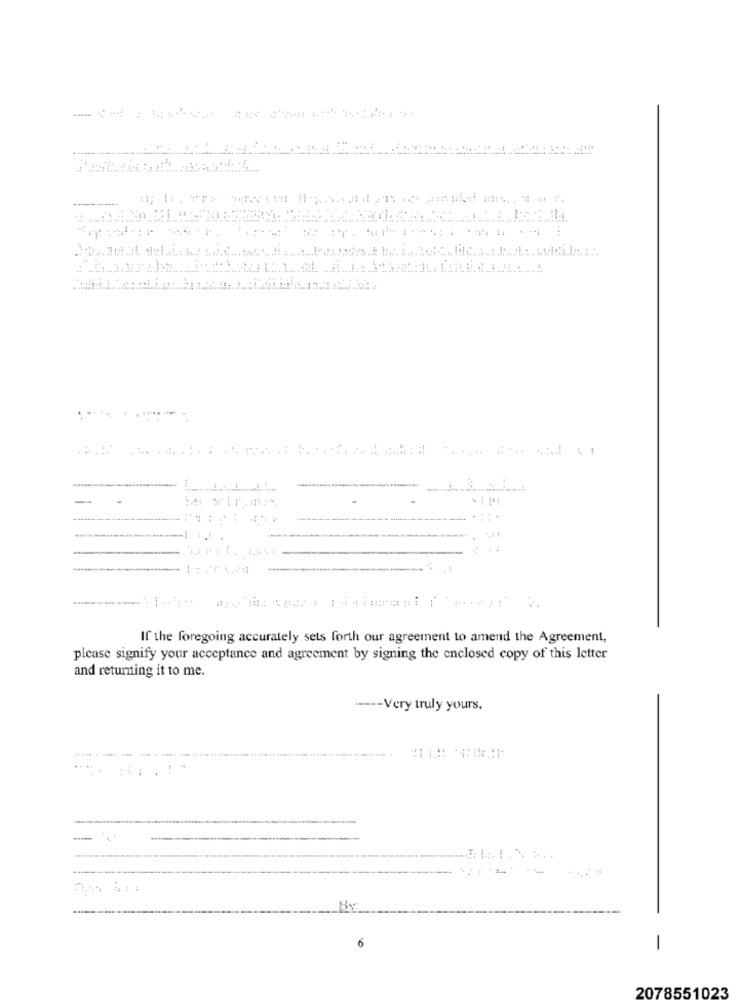
1
-
-
If the foregoing accurately sets forth our agreement to amend the Agreement,
please signify your acceptance and agreement by signing the enclosed copy of this letter
and returning it to me.
------ Very truly yours.
-
By
-
2078551023